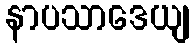
နာပသာဒေယျ